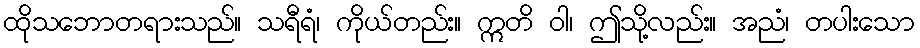
ထိုသဘောတရားသည်။ သရီရံ၊ ကိုယ်တည်း။ ဣတိ ဝါ၊ ဤသို့လည်း။ အညံ၊ တပါးသော